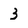
Character: 3